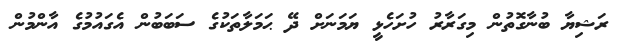
ރަޝިޔާ ބުނާގޮތުން މިގަރާރު ހުށަހެޅީ ޔަމަނަށް ދޭ ޙަމަލާތަކުގެ ސަބަބުން އެގައުމުގެ އާންމުން